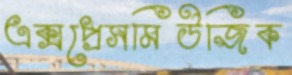
এক্সপ্রেসমিউজিক